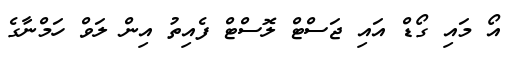
އޯ މައި ގޯޑް އައި ޖަސްޓް ލޮސްޓް ފެއިތު އިން ލަވް ހަމްނާގެ